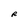
Character: R